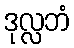
ဒုလ္လဘံ